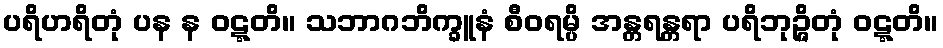
ပရိဟရိတုံ ပန န ဝဋ္ဋတိ။ သဘာဂဘိက္ခူနံ စီဝရမ္ပိ အန္တရန္တရာ ပရိဘုဉ္ဇိတုံ ဝဋ္ဋတိ။